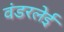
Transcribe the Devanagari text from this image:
वंडरलेई